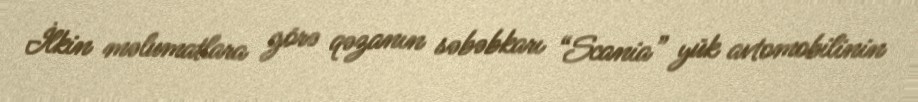
İlkin məlumatlara görə qəzanın səbəbkarı “Scania” yük avtomobilinin